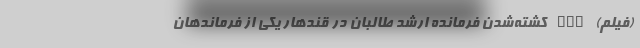
(فیلم) nan کشته‌شدن فرمانده ارشد طالبان در قندهار یکی از فرماندهان